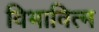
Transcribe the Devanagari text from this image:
विभावित्म